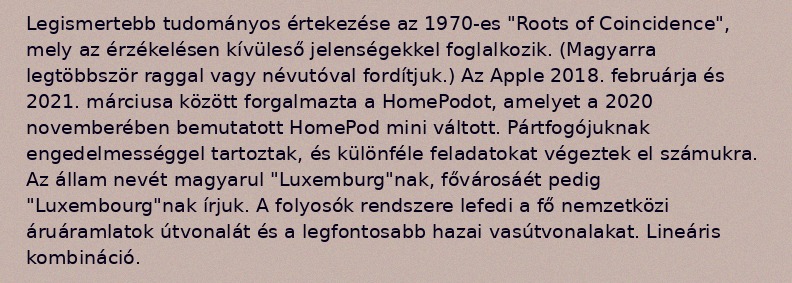
Legismertebb tudományos értekezése az 1970-es "Roots of Coincidence", mely az érzékelésen kívüleső jelenségekkel foglalkozik. (Magyarra legtöbbször raggal vagy névutóval fordítjuk.) Az Apple 2018. februárja és 2021. márciusa között forgalmazta a HomePodot, amelyet a 2020 novemberében bemutatott HomePod mini váltott. Pártfogójuknak engedelmességgel tartoztak, és különféle feladatokat végeztek el számukra. Az állam nevét magyarul "Luxemburg"nak, fővárosáét pedig "Luxembourg"nak írjuk. A folyosók rendszere lefedi a fő nemzetközi áruáramlatok útvonalát és a legfontosabb hazai vasútvonalakat. Lineáris kombináció.